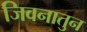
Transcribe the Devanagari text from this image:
जिवनातुन